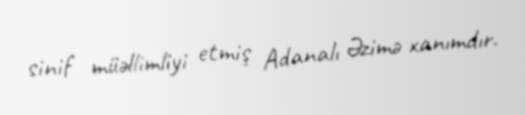
sinif müəllimliyi etmiş Adanalı Əzimə xanımdır.